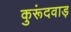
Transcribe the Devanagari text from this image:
कुरूंदवाड़